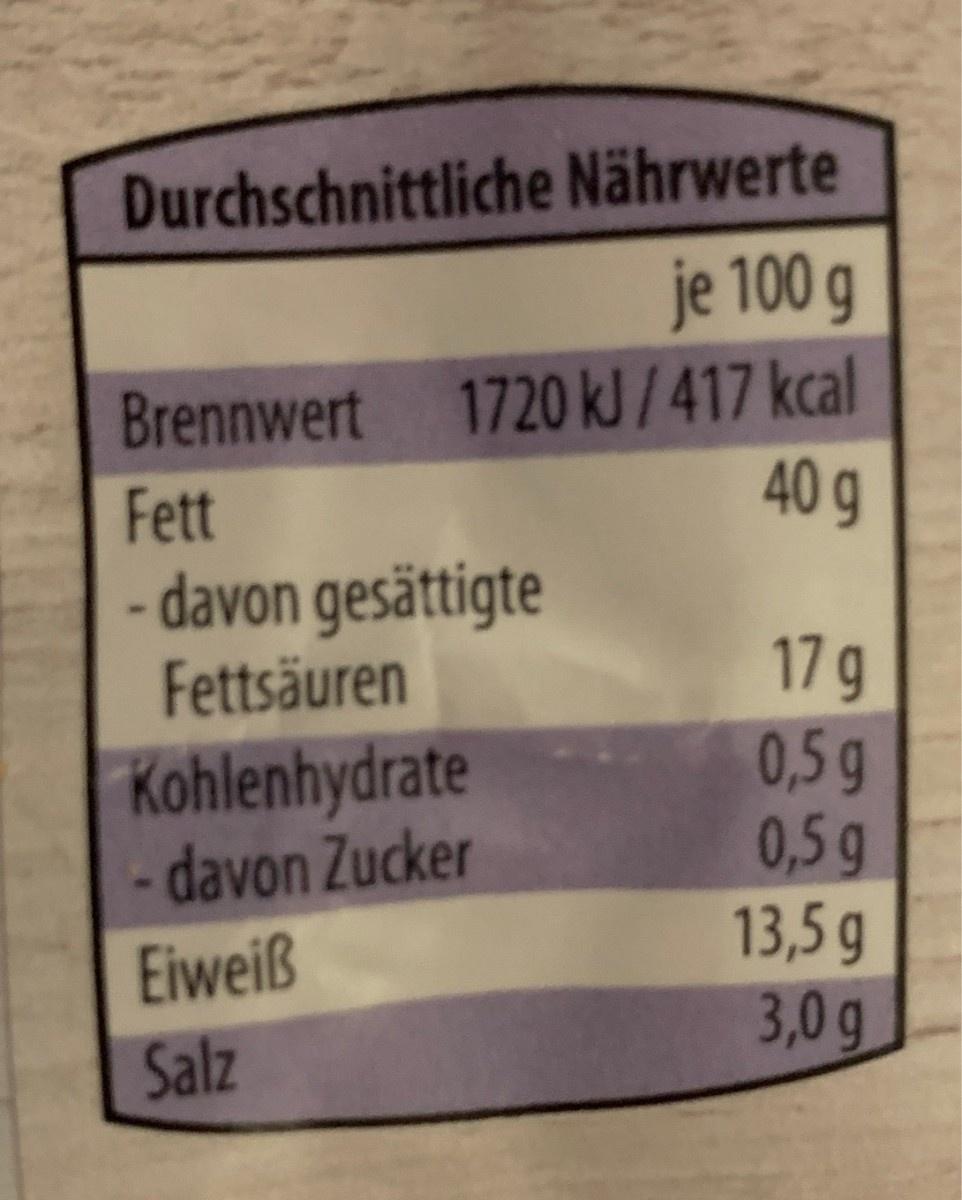
Durchschnittliche Nährwerte je 100 g Brennwert 1720 kJ/417 kcal 40g Fett - davon gesättigte Fettsäuren 17 g 0,5g 0,5g 13,5 g 3,0g Kohlenhydrate - davon Zucker Eiweiß Salz